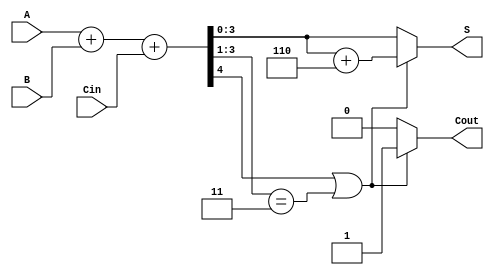
module BCD_Ripple_Carry_Adder (
    input  [3:0] A,      // BCD input A
    input  [3:0] B,      // BCD input B
    input        Cin,     // Carry-in
    output reg [3:0] S,   // BCD sum output
    output reg Cout       // Carry-out
);

    wire [4:0] sum;      // 5-bit sum to accommodate carry
    wire correction;      // Correction flag

    // Step 1: Compute the initial sum using a 4-bit ripple carry adder
    assign sum = A + B + Cin;

    // Step 2: Determine if correction is needed
    // Correction is needed if sum >= 10 (i.e., sum[4] == 1 or sum[3:1] == 3'b011)
    assign correction = (sum[4] || (sum[3:1] == 3'b011));

    // Step 3: Compute the final BCD output and carry-out
    always @(*) begin
        if (correction) begin
            // Apply correction by adding 6 (0110)
            S = sum[3:0] + 4'b0110;
            Cout = 1; // Set carry-out since correction was applied
        end else begin
            S = sum[3:0];
            Cout = 0; // No carry-out
        end
    end

endmodule